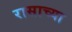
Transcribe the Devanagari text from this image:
रासाच्या